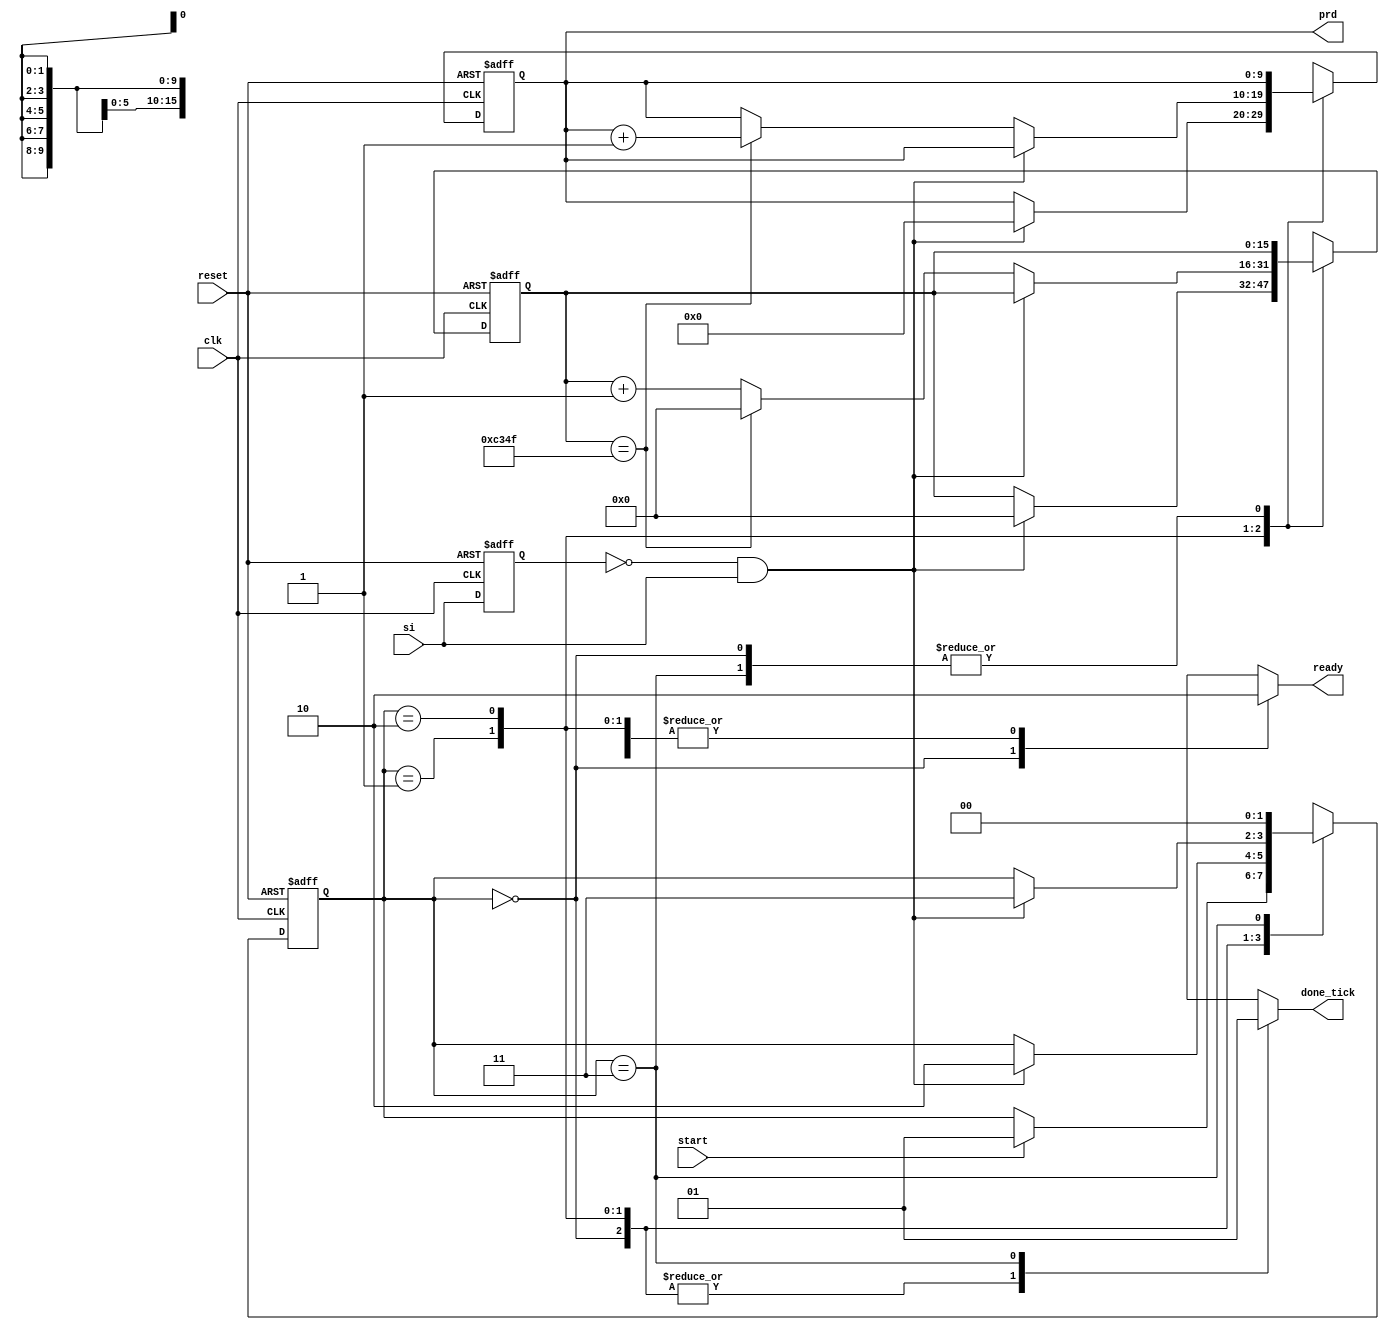
// Listing 6.7
module period_counter
   (
    input wire clk, reset,
    input wire start, si,
    output reg ready, done_tick,
    output wire [9:0] prd
   );

   // symbolic state declaration
   localparam [1:0]
      idle  = 2'b00,
      waite = 2'b01,
      count = 2'b10,
      done  = 2'b11;

   // constant declaration
   localparam CLK_MS_COUNT= 50000; // 1 ms tick

   // signal declaration
   reg [1:0] state_reg, state_next;
   reg [15:0] t_reg, t_next;  // up to 50000
   reg [9:0] p_reg, p_next;   // up to 1 sec
   reg delay_reg;
   wire edg;

   // body
   // FSMD state & data registers
   always @(posedge clk, posedge reset)
      if (reset)
         begin
            state_reg <= idle;
            t_reg <= 0;
            p_reg <= 0;
            delay_reg <= 0;
         end
      else
         begin
            state_reg <= state_next;
            t_reg <= t_next;
            p_reg <= p_next;
            delay_reg <= si;
         end

   // rising-edge tick
   assign edg = ~delay_reg & si;

   // FSMD next-state logic
   always @*
   begin
      state_next = state_reg;
      ready = 1'b0;
      done_tick = 1'b0;
      p_next = p_reg;
      t_next = t_reg;
      case (state_reg)
         idle:
             begin
                ready = 1'b1;
                if (start)
                   state_next = waite;
             end
         waite: // wait for the first edge
            if (edg)
               begin
                  state_next = count;
                  t_next = 0;
                  p_next = 0;
               end
         count:
            if (edg)  // 2nd edge arrived
               state_next = done;
            else       // otherwise count
               if (t_reg == CLK_MS_COUNT-1) // 1 ms tick
                  begin
                     t_next = 0;
                     p_next = p_reg + 1;
                  end
               else
                  t_next = t_reg + 1;
         done:
            begin
               done_tick = 1'b1;
               state_next = idle;
            end
         default: state_next = idle;
      endcase
   end

   //ouput
   assign prd = p_reg;

endmodule